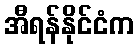
အီရန်နိုင်ငံက